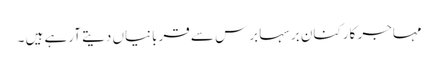
مہاجر کارکنان برسہا برس سے قربانیاں دیتے آرہے ہیں ۔